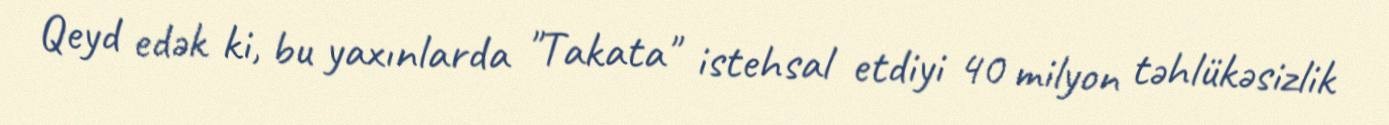
Qeyd edək ki, bu yaxınlarda "Takata" istehsal etdiyi 40 milyon təhlükəsizlik